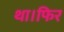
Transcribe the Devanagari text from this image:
था।फिर